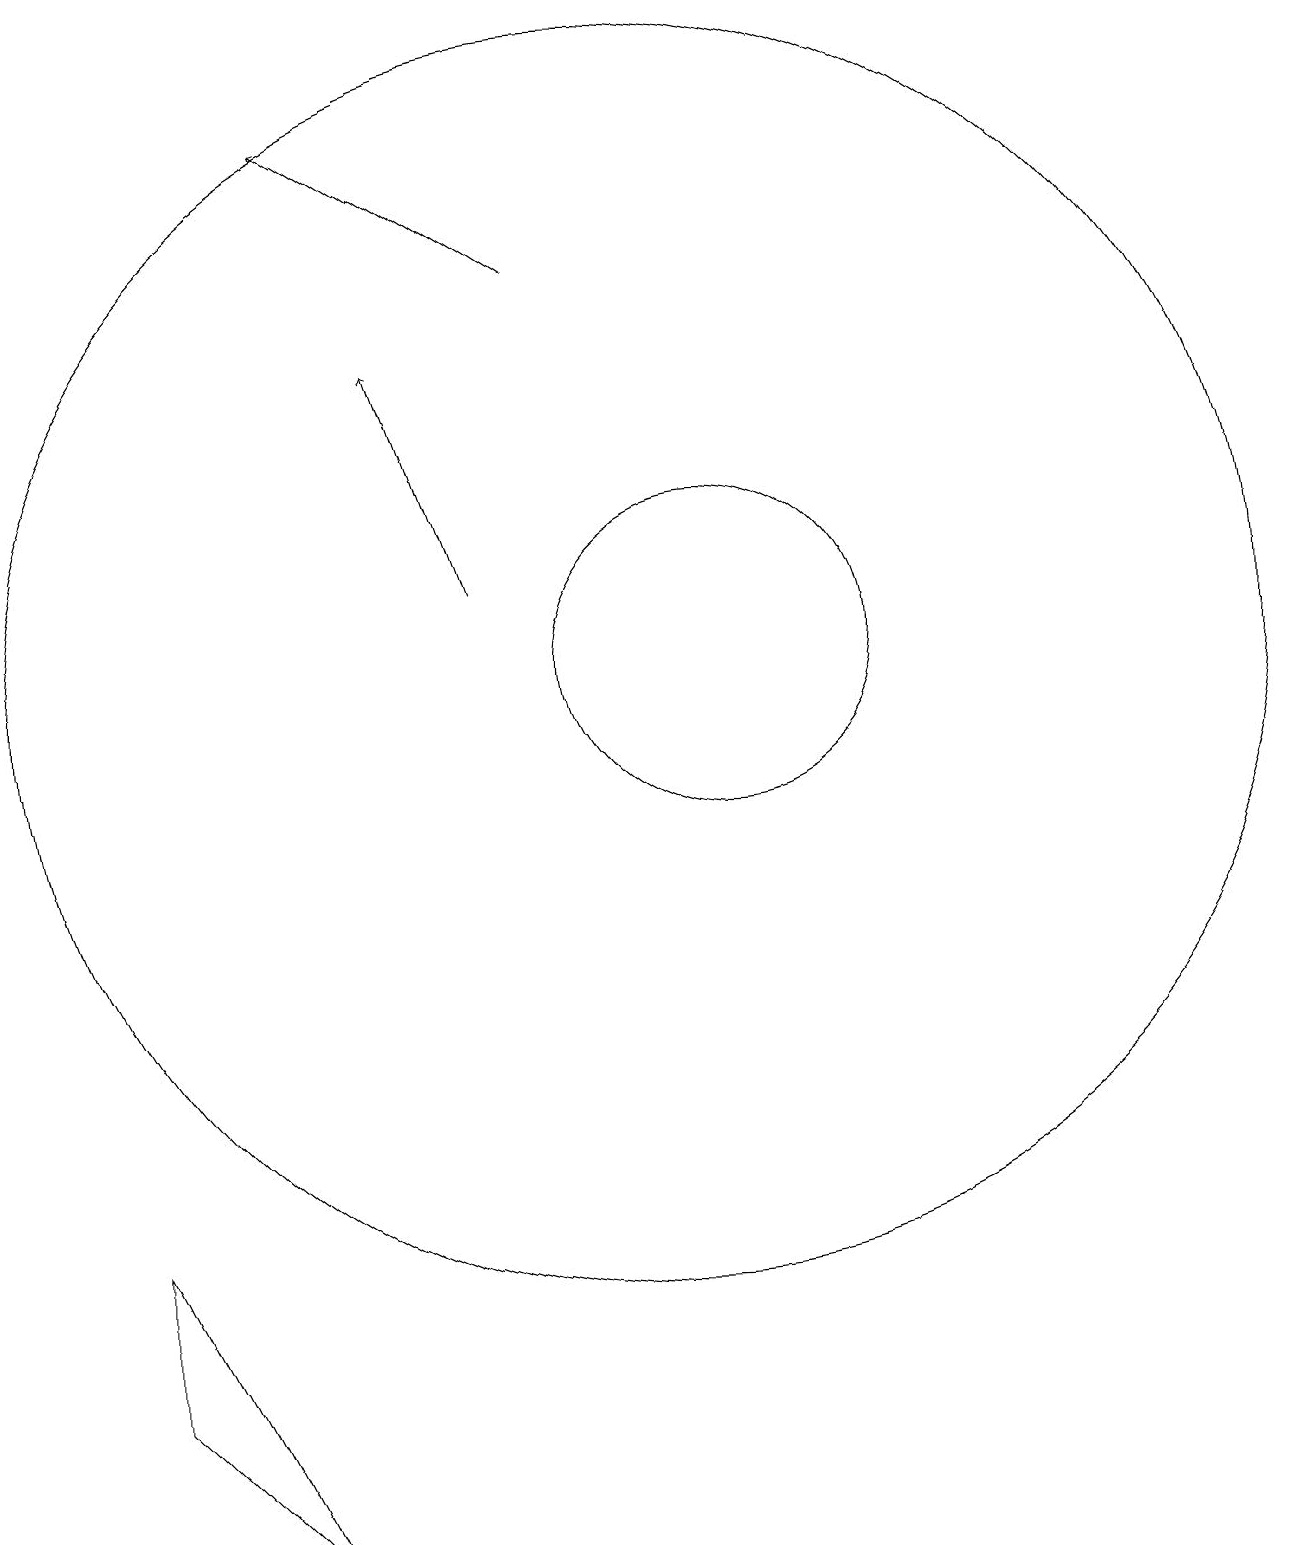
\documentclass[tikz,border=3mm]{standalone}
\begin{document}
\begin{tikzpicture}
\draw (10,12) circle (8);
\draw[->] (9,17) -- (6,19);
\draw (11,12) circle (2);
\draw (5,1) -- (3,3) -- (3,5) -- cycle;
\draw[->] (8,13) -- (7,16);
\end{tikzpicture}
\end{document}